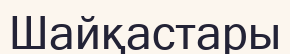
Шайқастары